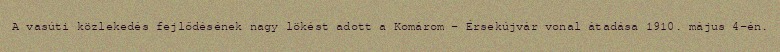
A vasúti közlekedés fejlődésének nagy lökést adott a Komárom – Érsekújvár vonal átadása 1910. május 4-én.